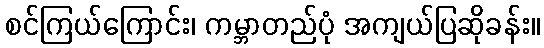
စင်ကြယ်ကြောင်း၊ ကမ္ဘာတည်ပုံ အကျယ်ပြဆိုခန်း။